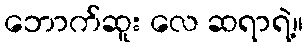
ဘောက်ဆူး လေ ဆရာရဲ့။